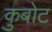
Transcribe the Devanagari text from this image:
कुबोट